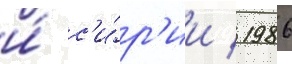
и́ с'и́р'ии / 1986